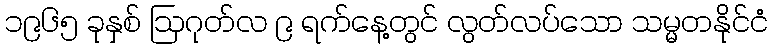
၁၉၆၅ ခုနှစ် ဩဂုတ်လ ၉ ရက်နေ့တွင် လွတ်လပ်သော သမ္မတနိုင်ငံ